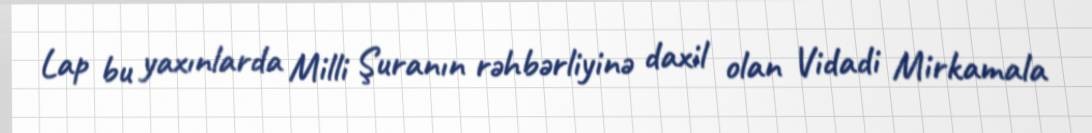
Lap bu yaxınlarda Milli Şuranın rəhbərliyinə daxil olan Vidadi Mirkamala